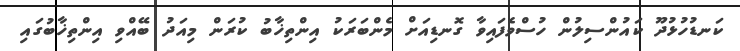
ކަނޑުހުޅުދޫ ކައުންސިލުން ހުސްވެފައިވާ ގޮނޑިއަށް މެންބަރަކު އިންތިޚާބު ކުރަން މިއަދު ބޭއްވި އިންތިޚާބުގައި